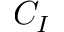
C _ { I }